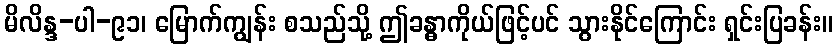
မိလိန္ဒ-ပါ-၉၁၊ မြောက်ကျွန်း စသည်သို့ ဤခန္ဓာကိုယ်ဖြင့်ပင် သွားနိုင်ကြောင်း ရှင်းပြခန်း။